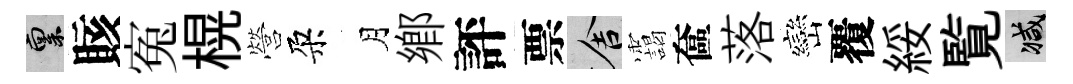
禀賅寃榥營朶月鄕評票舍靄奩落巒覆綏覧减